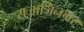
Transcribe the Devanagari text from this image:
राजाजिनगर